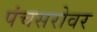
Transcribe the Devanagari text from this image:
पंचसरोवर